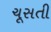
ચૂસતી